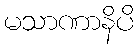
မသာဏာနိပိ